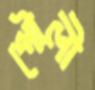
পৌলী